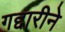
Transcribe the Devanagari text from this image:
गद्दारीने